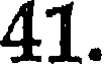
41.